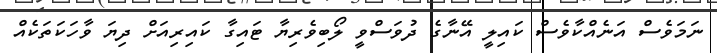
ނަމަވެސް އަނެއްކާވެސް ކައިލީ އޭނާގެ ދުވަސްވީ ލޯބިވެރިޔާ ޓައިގާ ކައިރިއަށް ދިޔަ ވާހަކަތަކެއް